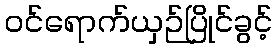
ဝင်ရောက်ယှဉ်ပြိုင်ခွင့်